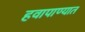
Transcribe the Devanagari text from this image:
हवापाण्यात